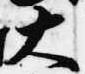
大